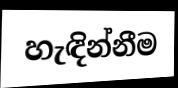
හැඳින්නීම